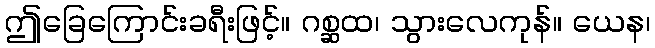
ဤခြေကြောင်းခရီးဖြင့်။ ဂစ္ဆထ၊ သွားလေကုန်။ ယေန၊